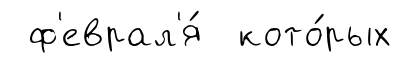
ф'еврал'я́ кото́рых